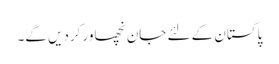
پاکستان کے لئے جان نچھاور کردیں گے۔